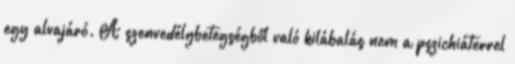
egy alvajáró. A szenvedélybetegségből való kilábalás nem a pszichiáterrel